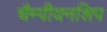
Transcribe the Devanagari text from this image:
चैम्पीयनशिप